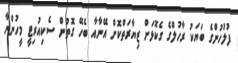
ފުލުހުންގެ ބަޔަކު ރާހުލްގެ ގެކޮޅަށް ޒިޔާރަތްކޮށް އޭނާއާ ބެހޭ ގޮތުން ސެކިއުރިޓީ މީހުންނާ